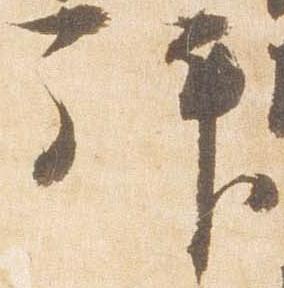
拝